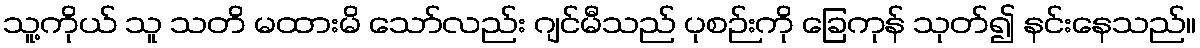
သူ့ကိုယ် သူ သတိ မထားမိ သော်လည်း ဂျင်မီသည် ပုစဉ်းကို ခြေကုန် သုတ်၍ နင်းနေသည်။